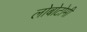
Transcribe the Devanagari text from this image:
लोबोटोमी